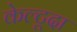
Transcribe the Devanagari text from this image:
केल्टूदा